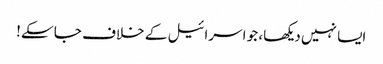
ایسا نہیں دیکھا، جو اسرائیل کے خلاف جا سکے!